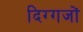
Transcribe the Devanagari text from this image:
दिग्‍गजों